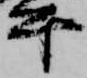
平